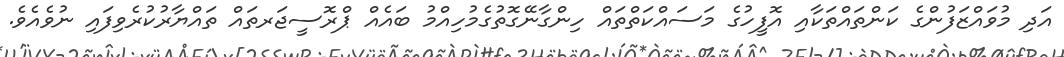
އަދި މުވައްޒަފުންގެ ކަންތައްތަކާއި އޮފީހުގެ މަސައްކަތްތައް ހިންގާނޭގޮތުގެމުހިއްމު ބައެއް ޕްރޮސީޖަރތައް ތައްޔާރުކުރެވިފައި ނުވެއެވެ.